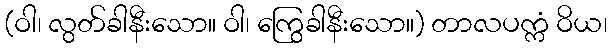
(ဝါ၊ လွတ်ခါနီးသော။ ဝါ၊ ကြွေခါနီးသော။) တာလပက္ကံ ဝိယ၊